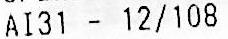
AI31 - 12/108